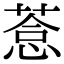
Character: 𦷋